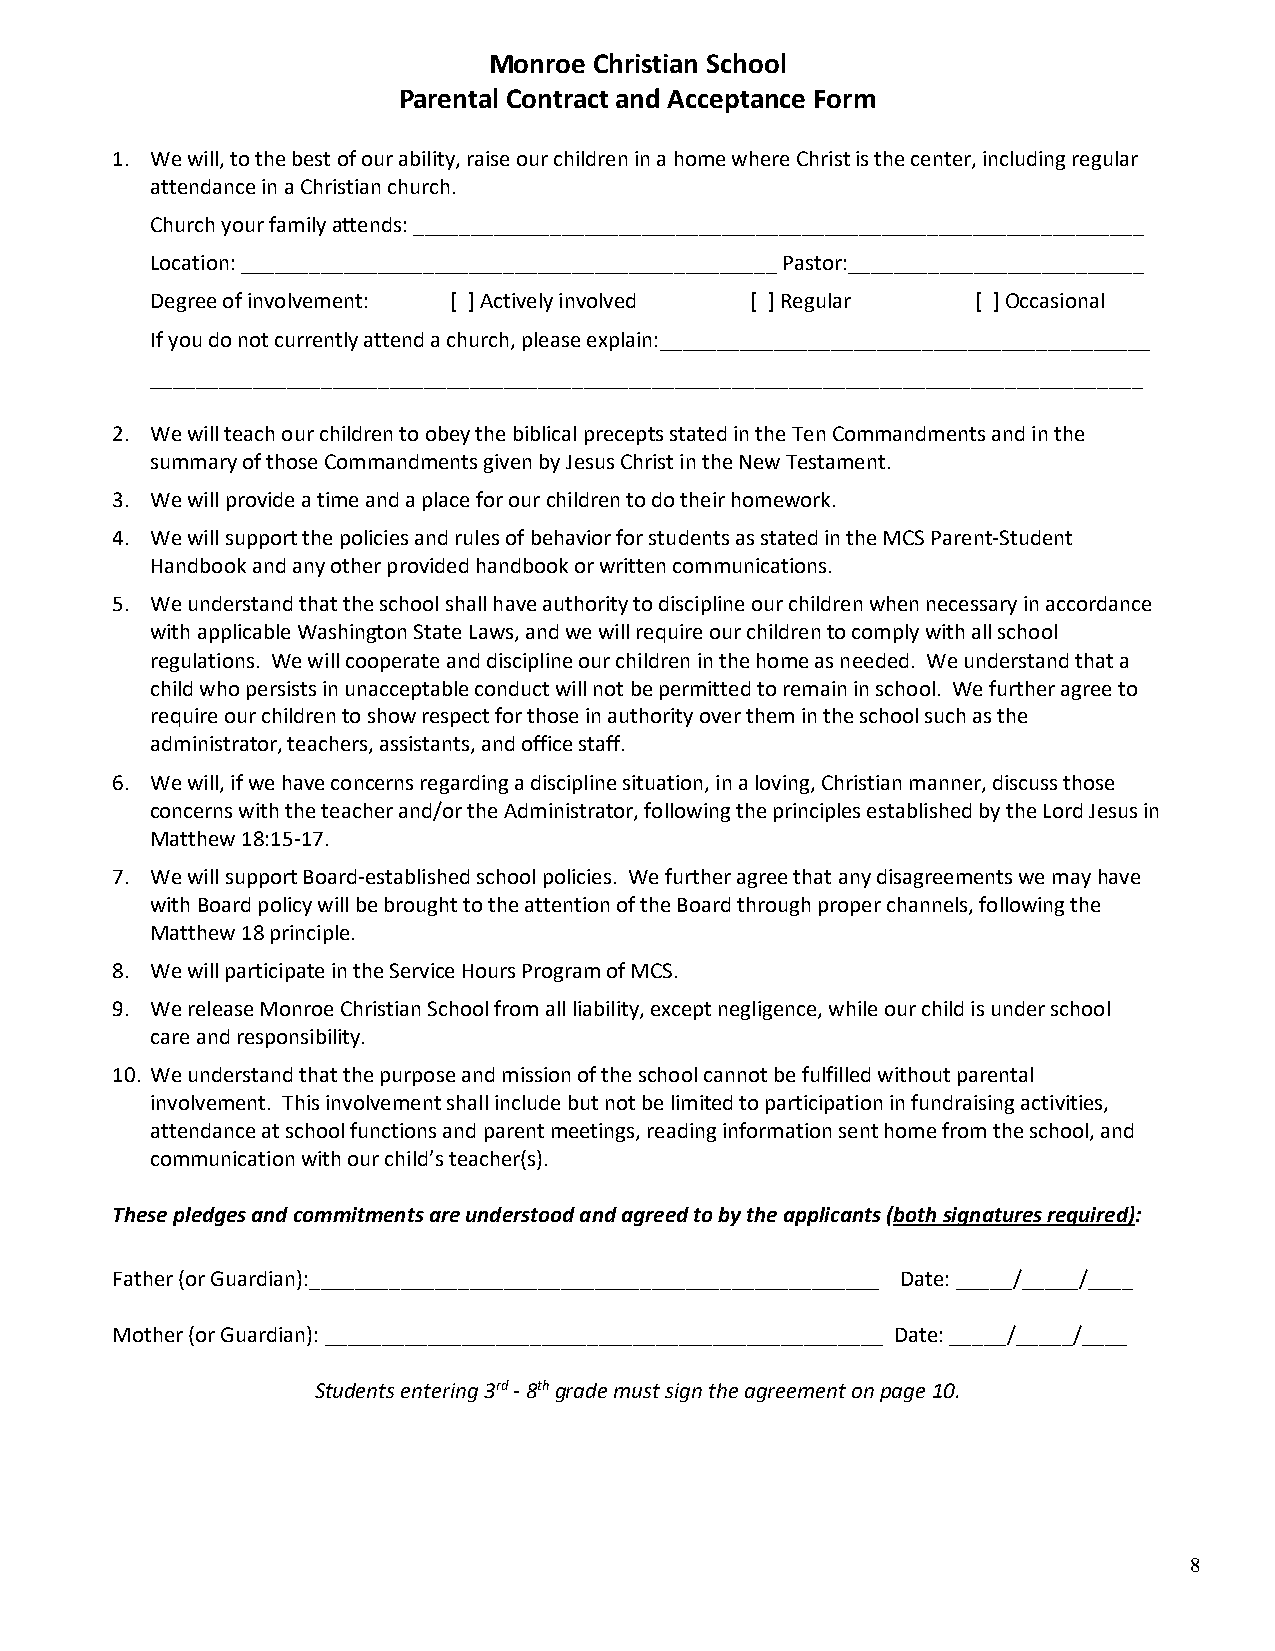
Monroe Christian School
 Parental Contract and Acceptance Form
 1. We will, to the best of our ability, raise our children in a home where Christ is the center, including regular
 attendance in a Christian church.
 Church your family attends: ________________________________________________________________
 Location: _______________________________________________ Pastor:__________________________
 Degree of involvement: [ ] Actively involved [ ] Regular [ ] Occasional
 If you do not currently attend a church, please explain:___________________________________________
 _______________________________________________________________________________________
 2. We will teach our children to obey the biblical precepts stated in the Ten Commandments and in the
 summary of those Commandments given by Jesus Christ in the New Testament.
 3. We will provide a time and a place for our children to do their homework.
 4. We will support the policies and rules of behavior for students as stated in the MCS Parent-Student
 Handbook and any other provided handbook or written communications.
 5. We understand that the school shall have authority to discipline our children when necessary in accordance
 with applicable Washington State Laws, and we will require our children to comply with all school
 regulations. We will cooperate and discipline our children in the home as needed. We understand that a
 child who persists in unacceptable conduct will not be permitted to remain in school. We further agree to
 require our children to show respect for those in authority over them in the school such as the
 administrator, teachers, assistants, and office staff.
 6. We will, if we have concerns regarding a discipline situation, in a loving, Christian manner, discuss those
 concerns with the teacher and/or the Administrator, following the principles established by the Lord Jesus in
 Matthew 18:15-17.
 7. We will support Board-established school policies. We further agree that any disagreements we may have
 with Board policy will be brought to the attention of the Board through proper channels, following the
 Matthew 18 principle.
 8. We will participate in the Service Hours Program of MCS.
 9. We release Monroe Christian School from all liability, except negligence, while our child is under school
 care and responsibility.
 10. We understand that the purpose and mission of the school cannot be fulfilled without parental
 involvement. This involvement shall include but not be limited to participation in fundraising activities,
 attendance at school functions and parent meetings, reading information sent home from the school, and
 communication with our child’s teacher(s).
 These pledges and commitments are understood and agreed to by the applicants (both signatures required):
 Father (or Guardian):__________________________________________________ Date: _____/_____/____
 Mother (or Guardian): _________________________________________________ Date: _____/_____/____
 Students entering 3rd - 8th grade must sign the agreement on page 10.
 8